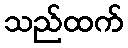
သည်ထက်